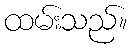
ထမ်းသည်။